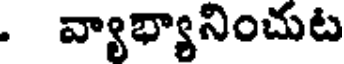
. వ్యాభ్యానించుట